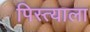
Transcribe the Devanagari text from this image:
पिस्त्याला